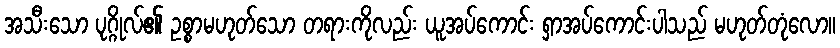
အသီးသော ပုဂ္ဂိုလ်၏ ဥစ္စာမဟုတ်သော တရားကိုလည်း ယူအပ်ကောင်း ရှာအပ်ကောင်းပါသည် မဟုတ်တုံလော။